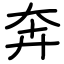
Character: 奔